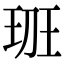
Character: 𤤻